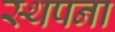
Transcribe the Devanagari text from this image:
स्‍थपना